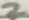
Text: 2